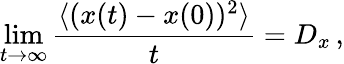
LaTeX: \operatorname*{lim}_{t\rightarrow\infty}\frac{\langle(x(t)-x(0))^{2}\rangle}{t}=D_{x}\, ,